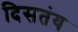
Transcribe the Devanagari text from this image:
दिसतंय